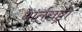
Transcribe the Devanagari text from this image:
धार्तराष्ट्रों